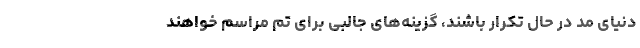
دنیای مد در حال تکرار باشند، گزینه‌های جالبی برای تم مراسم خواهند